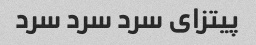
پیتزای سرد سرد سرد